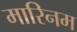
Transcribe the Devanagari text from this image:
मारिनम